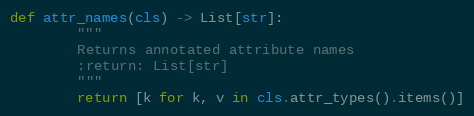
Language: Python
def attr_names(cls) -> List[str]:
        """
        Returns annotated attribute names
        :return: List[str]
        """
        return [k for k, v in cls.attr_types().items()]